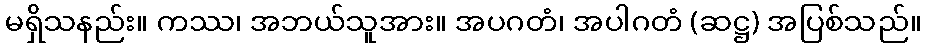
မရှိသနည်း။ ကဿ၊ အဘယ်သူအား။ အပဂတံ၊ အပါဂတံ (ဆဋ္ဌ) အပြစ်သည်။